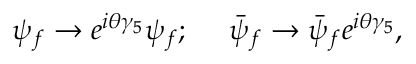
\psi _ { f } \rightarrow e ^ { i \theta \gamma _ { 5 } } \psi _ { f } ; \ \ \ \ \bar { \psi } _ { f } \rightarrow \bar { \psi } _ { f } e ^ { i \theta \gamma _ { 5 } } ,